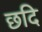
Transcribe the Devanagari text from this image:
छदि